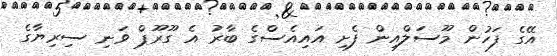
އޭގެ ފަހުން މޫސަލްއިން ފެށި އައިއެސްގެ ބާރު އެ ގޫރޫޕް ވަނި ސިރިޔާގެ